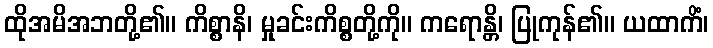
ထိုအမိအဘတို့၏။ ကိစ္စာနိ၊ မှုခင်းကိစ္စတို့ကို။ ကရောန္တိ၊ ပြုကုန်၏။ ယထာကိံ၊